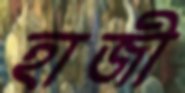
হাজী